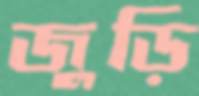
জুড়ি